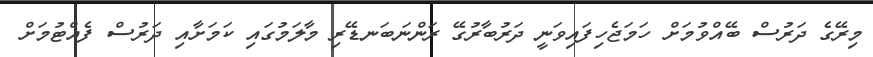
މިރޭގެ ދަރުސް ބޭއްވުމަށް ހަމަޖެހިފައިވަނީ ދަރުބާރުގޭ ރަންނަބަނޑޭރި މާލަމުގައި ކަމަށާއި ދަރުސް ފެއްޓުމަށް